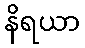
နိရယာ